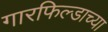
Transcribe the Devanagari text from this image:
गारफिल्डाच्या